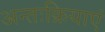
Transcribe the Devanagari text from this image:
अन्तःक्रियाएं